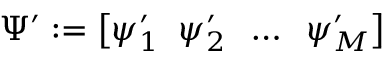
\Psi ^ { \prime } : = \big [ \psi _ { 1 } ^ { \prime } \; \; \psi _ { 2 } ^ { \prime } \; \; \dots \; \; \psi _ { M } ^ { \prime } \big ]